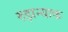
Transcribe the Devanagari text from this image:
रुझन्याक